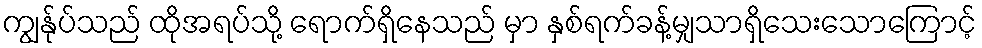
ကျွန်ုပ်သည် ထိုအရပ်သို့ ရောက်ရှိနေသည် မှာ နှစ်ရက်ခန့်မျှသာရှိသေးသောကြောင့်